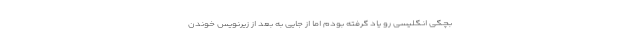
بچگی انگلیسی رو یاد گرفته بودم اما از جایی به بعد از زیرنویس خوندن